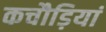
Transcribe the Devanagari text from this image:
कचौड़ियां